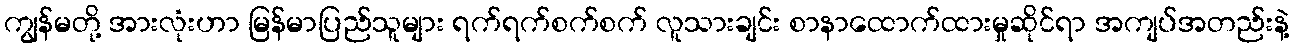
ကျွန်မတို့ အားလုံးဟာ မြန်မာပြည်သူများ ရက်ရက်စက်စက် လူသားချင်း စာနာထောက်ထားမှုဆိုင်ရာ အကျပ်အတည်းနဲ့